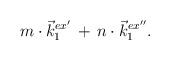
\begin{align*}m \cdot \vec {k}_1^{ex'}\,+\,n\cdot \vec {k}_1^{ex''}.\end{align*}